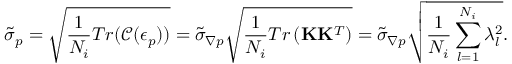
\tilde { \sigma } _ { p } = \sqrt { \frac { 1 } { N _ { i } } T r ( \mathcal { C } ( \boldsymbol { \epsilon } _ { p } ) ) } = \tilde { \sigma } _ { \boldsymbol { \nabla } p } \sqrt { \frac { 1 } { N _ { i } } T r \left( \mathbf { K } \mathbf { K } ^ { T } \right) } = \tilde { \sigma } _ { \boldsymbol { \nabla } p } \sqrt { \frac { 1 } { N _ { i } } \sum _ { l = 1 } ^ { N _ { i } } \lambda _ { l } ^ { 2 } } .